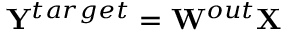
{ \bf Y } ^ { t a r g e t } = { \bf W } ^ { o u t } { \bf X }